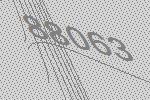
88063